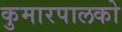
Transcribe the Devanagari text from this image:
कुमारपालको